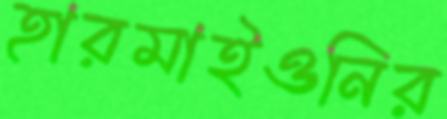
হারমাইওনির